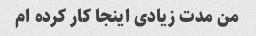
من مدت زیادی اینجا کار کرده ام